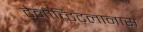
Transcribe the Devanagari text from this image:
टेनोच्टिट्लानास